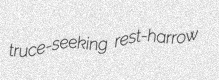
truce-seeking rest-harrow